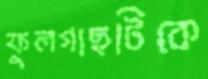
ফুলগাছটিকে